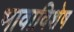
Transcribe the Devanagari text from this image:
भावाविशेष